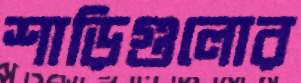
শাড়িগুলোর